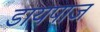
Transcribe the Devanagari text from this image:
डायपाज